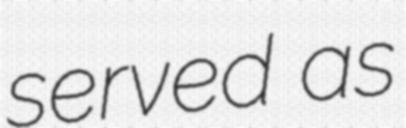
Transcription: served as